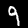
Label: 9